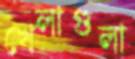
খেলাগুলা